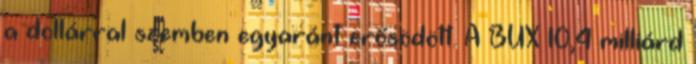
a dollárral szemben egyaránt erősödött. A BUX 10,4 milliárd